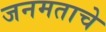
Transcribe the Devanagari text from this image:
जनमताचे